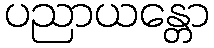
ပညာယန္တော